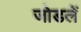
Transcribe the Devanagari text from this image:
जोडलें